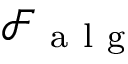
\mathcal { F } _ { \mathrm { ~ a ~ l ~ g ~ } }